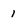
Character: 1